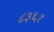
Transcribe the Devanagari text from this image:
८३६१